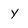
Character: y